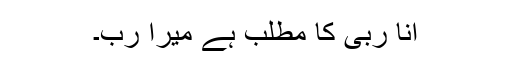
انا ربی کا مطلب ہے میرا رب۔